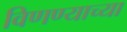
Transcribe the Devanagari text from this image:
विणण्याच्या